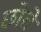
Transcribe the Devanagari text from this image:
छोते